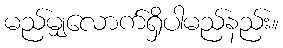
မည်မျှလောက်ရှိပါမည်နည်း။